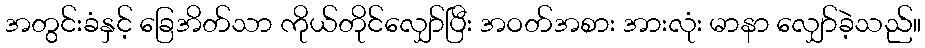
အတွင်းခံနှင့် ခြေအိတ်သာ ကိုယ်တိုင်လျှော်ပြီး အဝတ်အစား အားလုံး မာနာ လျှော်ခဲ့သည်။